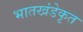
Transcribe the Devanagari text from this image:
भातखंडेकृत